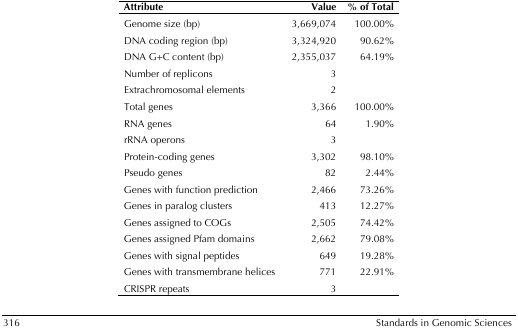
<table><thead><tr><td><b>Attribute</b></td><td><b>Value</b></td><td><b>% of Total</b></td></tr></thead><tbody><tr><td>Genome size (bp)</td><td>3,669,074</td><td>100.00%</td></tr><tr><td>DNA coding region (bp)</td><td>3,324,920</td><td>90,62%</td></tr><tr><td>DNA G+C content (bp)</td><td>2,355,037</td><td>64.19%</td></tr><tr><td>Number of replicons</td><td>3</td><td></td></tr><tr><td>Extrachromosomal elements</td><td>2</td><td></td></tr><tr><td>Total genes</td><td>3,366</td><td>100.00%</td></tr><tr><td>RNA genes</td><td>64</td><td>1.90%</td></tr><tr><td>rRNA operons</td><td>3</td><td></td></tr><tr><td>Protein-coding genes</td><td>3,302</td><td>98.10%</td></tr><tr><td>Pseudo genes</td><td>82</td><td>2.44%</td></tr><tr><td>Genes with function prediction</td><td>2,466</td><td>73.26%</td></tr><tr><td>Genes in paralog clusters</td><td>413</td><td>12.27%</td></tr><tr><td>Genes assigned to COGs</td><td>2,505</td><td>74.42%</td></tr><tr><td>Genes assigned Pfam domains</td><td>2,662</td><td>79.08%</td></tr><tr><td>Genes with signal peptides</td><td>649</td><td>19.28%</td></tr><tr><td>Genes with transmembrane helices</td><td>771</td><td>22.91%</td></tr><tr><td>CRISPR repeats</td><td>3</td><td></td></tr></tbody></table>